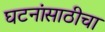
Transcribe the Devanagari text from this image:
घटनांसाठीचा